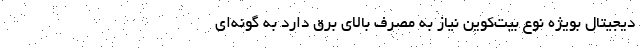
دیجیتال بویژه نوع بیت‌کوین نیاز به مصرف بالای برق دارد به گونه‌ای